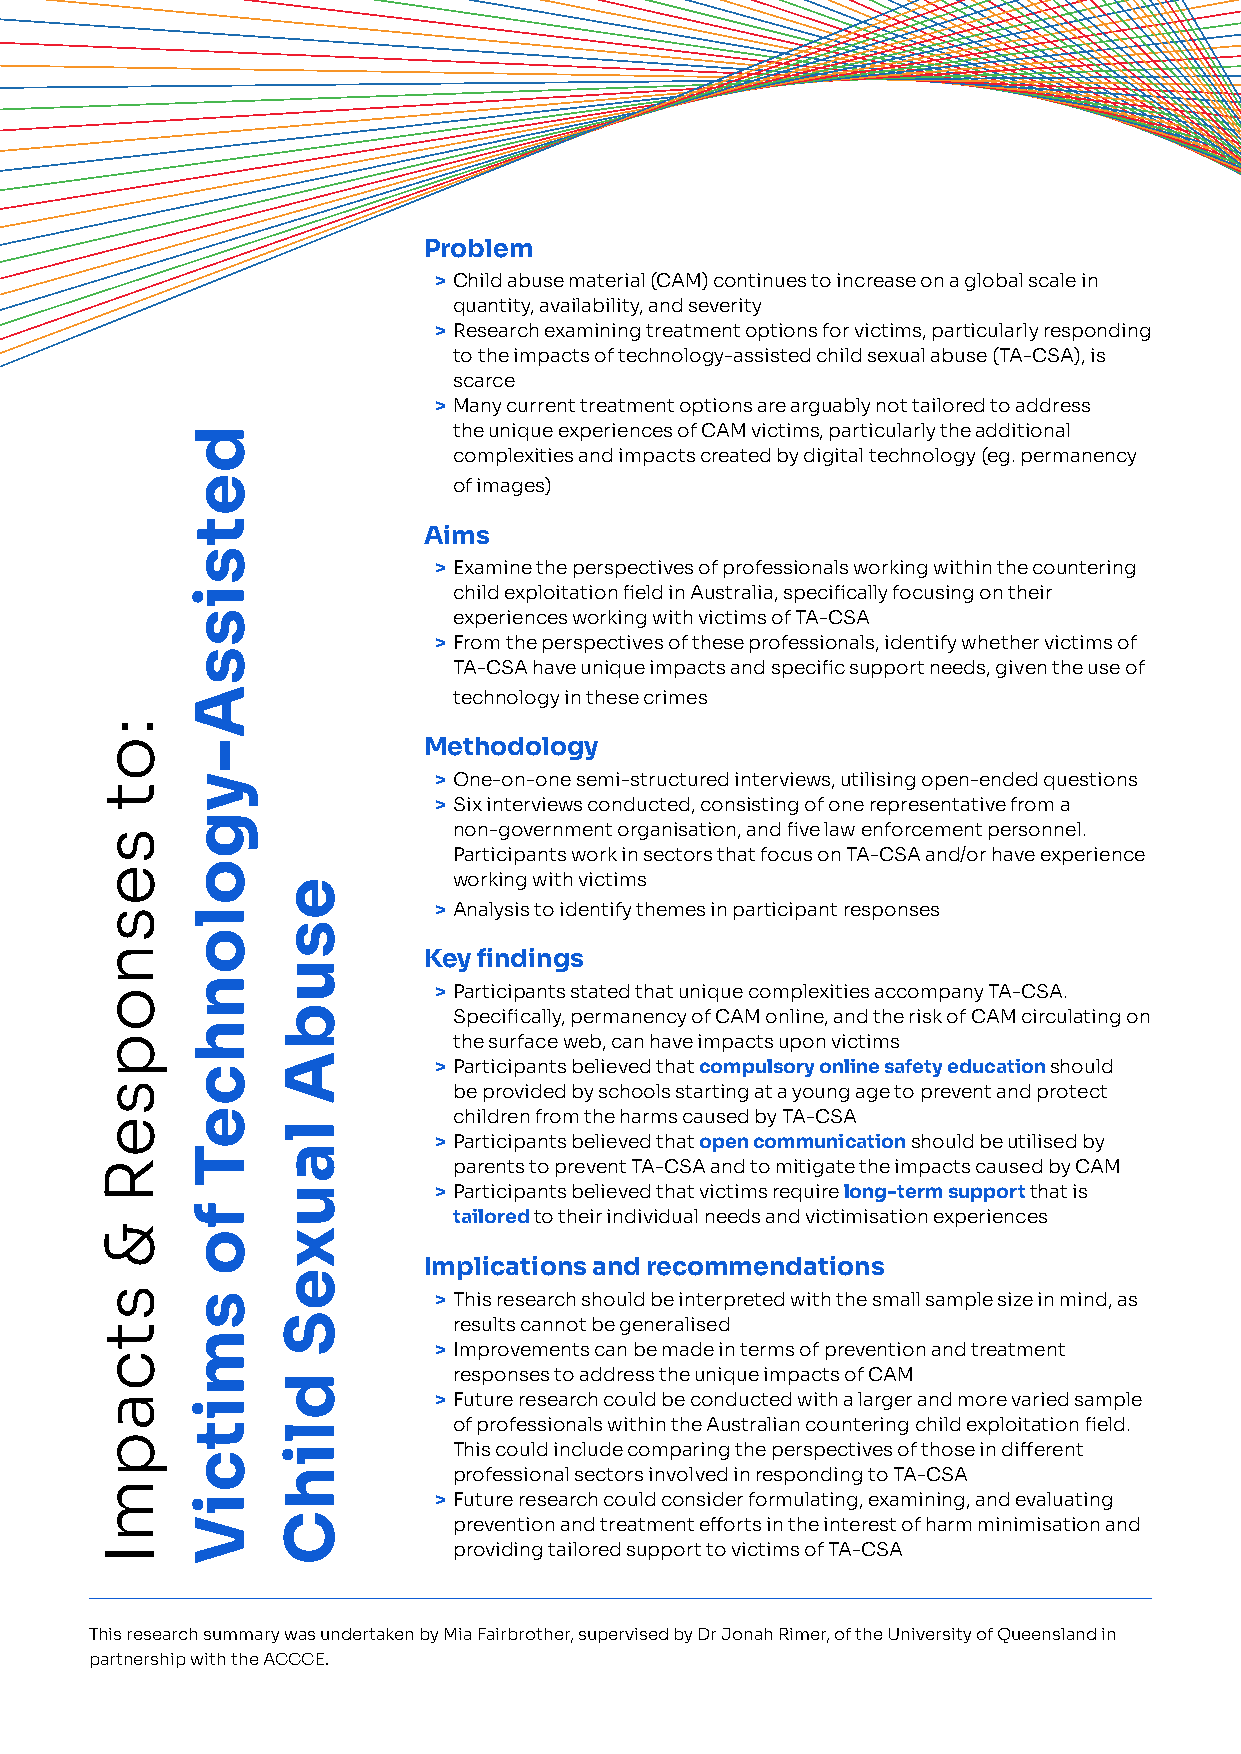
Problem
 > Child abuse material (CAM) continues to increase on a global scale in
 quantity, availability, and severity
 > Research examining treatment options for victims, particularly responding
 to the impacts of technology-assisted child sexual abuse (TA-CSA), is
 scarce
 > Many current treatment options are arguably not tailored to address
 the unique experiences of CAM victims, particularly the additional
 complexities and impacts created by digital technology (eg. permanency
 of images)
 Aims
 > Examine the perspectives of professionals working within the countering
 child exploitation field in Australia, specifically focusing on their
 experiences working with victims of TA-CSA
 > From the perspectives of these professionals, identify whether victims of
 TA-CSA have unique impacts and specific support needs, given the use of
 technology in these crimes
 Methodology
 > One-on-one semi-structured interviews, utilising open-ended questions
 > Six interviews conducted, consisting of one representative from a
 non-government organisation, and five law enforcement personnel.
 Participants work in sectors that focus on TA-CSA and/or have experience
 working with victims
 > Analysis to identify themes in participant responses
 Key findings
 > Participants stated that unique complexities accompany TA-CSA.
 Specifically, permanency of CAM online, and the risk of CAM circulating on
 the surface web, can have impacts upon victims
 > Participants believed that compulsory online safety education should
 be provided by schools starting at a young age to prevent and protect
 children from the harms caused by TA-CSA
 > Participants believed that open communication should be utilised by
 parents to prevent TA-CSA and to mitigate the impacts caused by CAM
 > Participants believed that victims require long-term support that is
 tailored to their individual needs and victimisation experiences
 Implications and recommendations
 > This research should be interpreted with the small sample size in mind, as
 results cannot be generalised
 > Improvements can be made in terms of prevention and treatment
 responses to address the unique impacts of CAM
 > Future research could be conducted with a larger and more varied sample
 of professionals within the Australian countering child exploitation field.
 This could include comparing the perspectives of those in different
 professional sectors involved in responding to TA-CSA
 > Future research could consider formulating, examining, and evaluating
 prevention and treatment efforts in the interest of harm minimisation and
 providing tailored support to victims of TA-CSA
 This research summary was undertaken by Mia Fairbrother, supervised by Dr Jonah Rimer, of the University of Queensland in
 partnership with the ACCCE.
 :ot
 sesnopseR
 &
 stcapmI
 detsissA-ygolonhceT
 fo
 smitciV
 esubA
 lauxeS
 dlihC